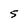
Character: S